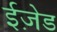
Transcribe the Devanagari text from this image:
ईज़ेड